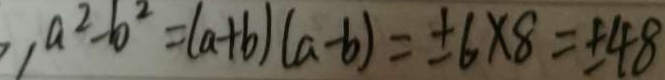
a ^ { 2 } - b ^ { 2 } = ( a + b ) ( a - b ) = \pm 6 \times 8 = \pm 4 8